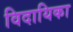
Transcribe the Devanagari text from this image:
विदायिका